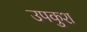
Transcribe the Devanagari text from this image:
उपकुश